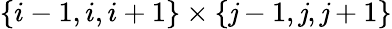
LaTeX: \{ i-1,i,i+1\} \times\{ \mathit{j}-1,\mathit{j},\mathit{j}+1\}